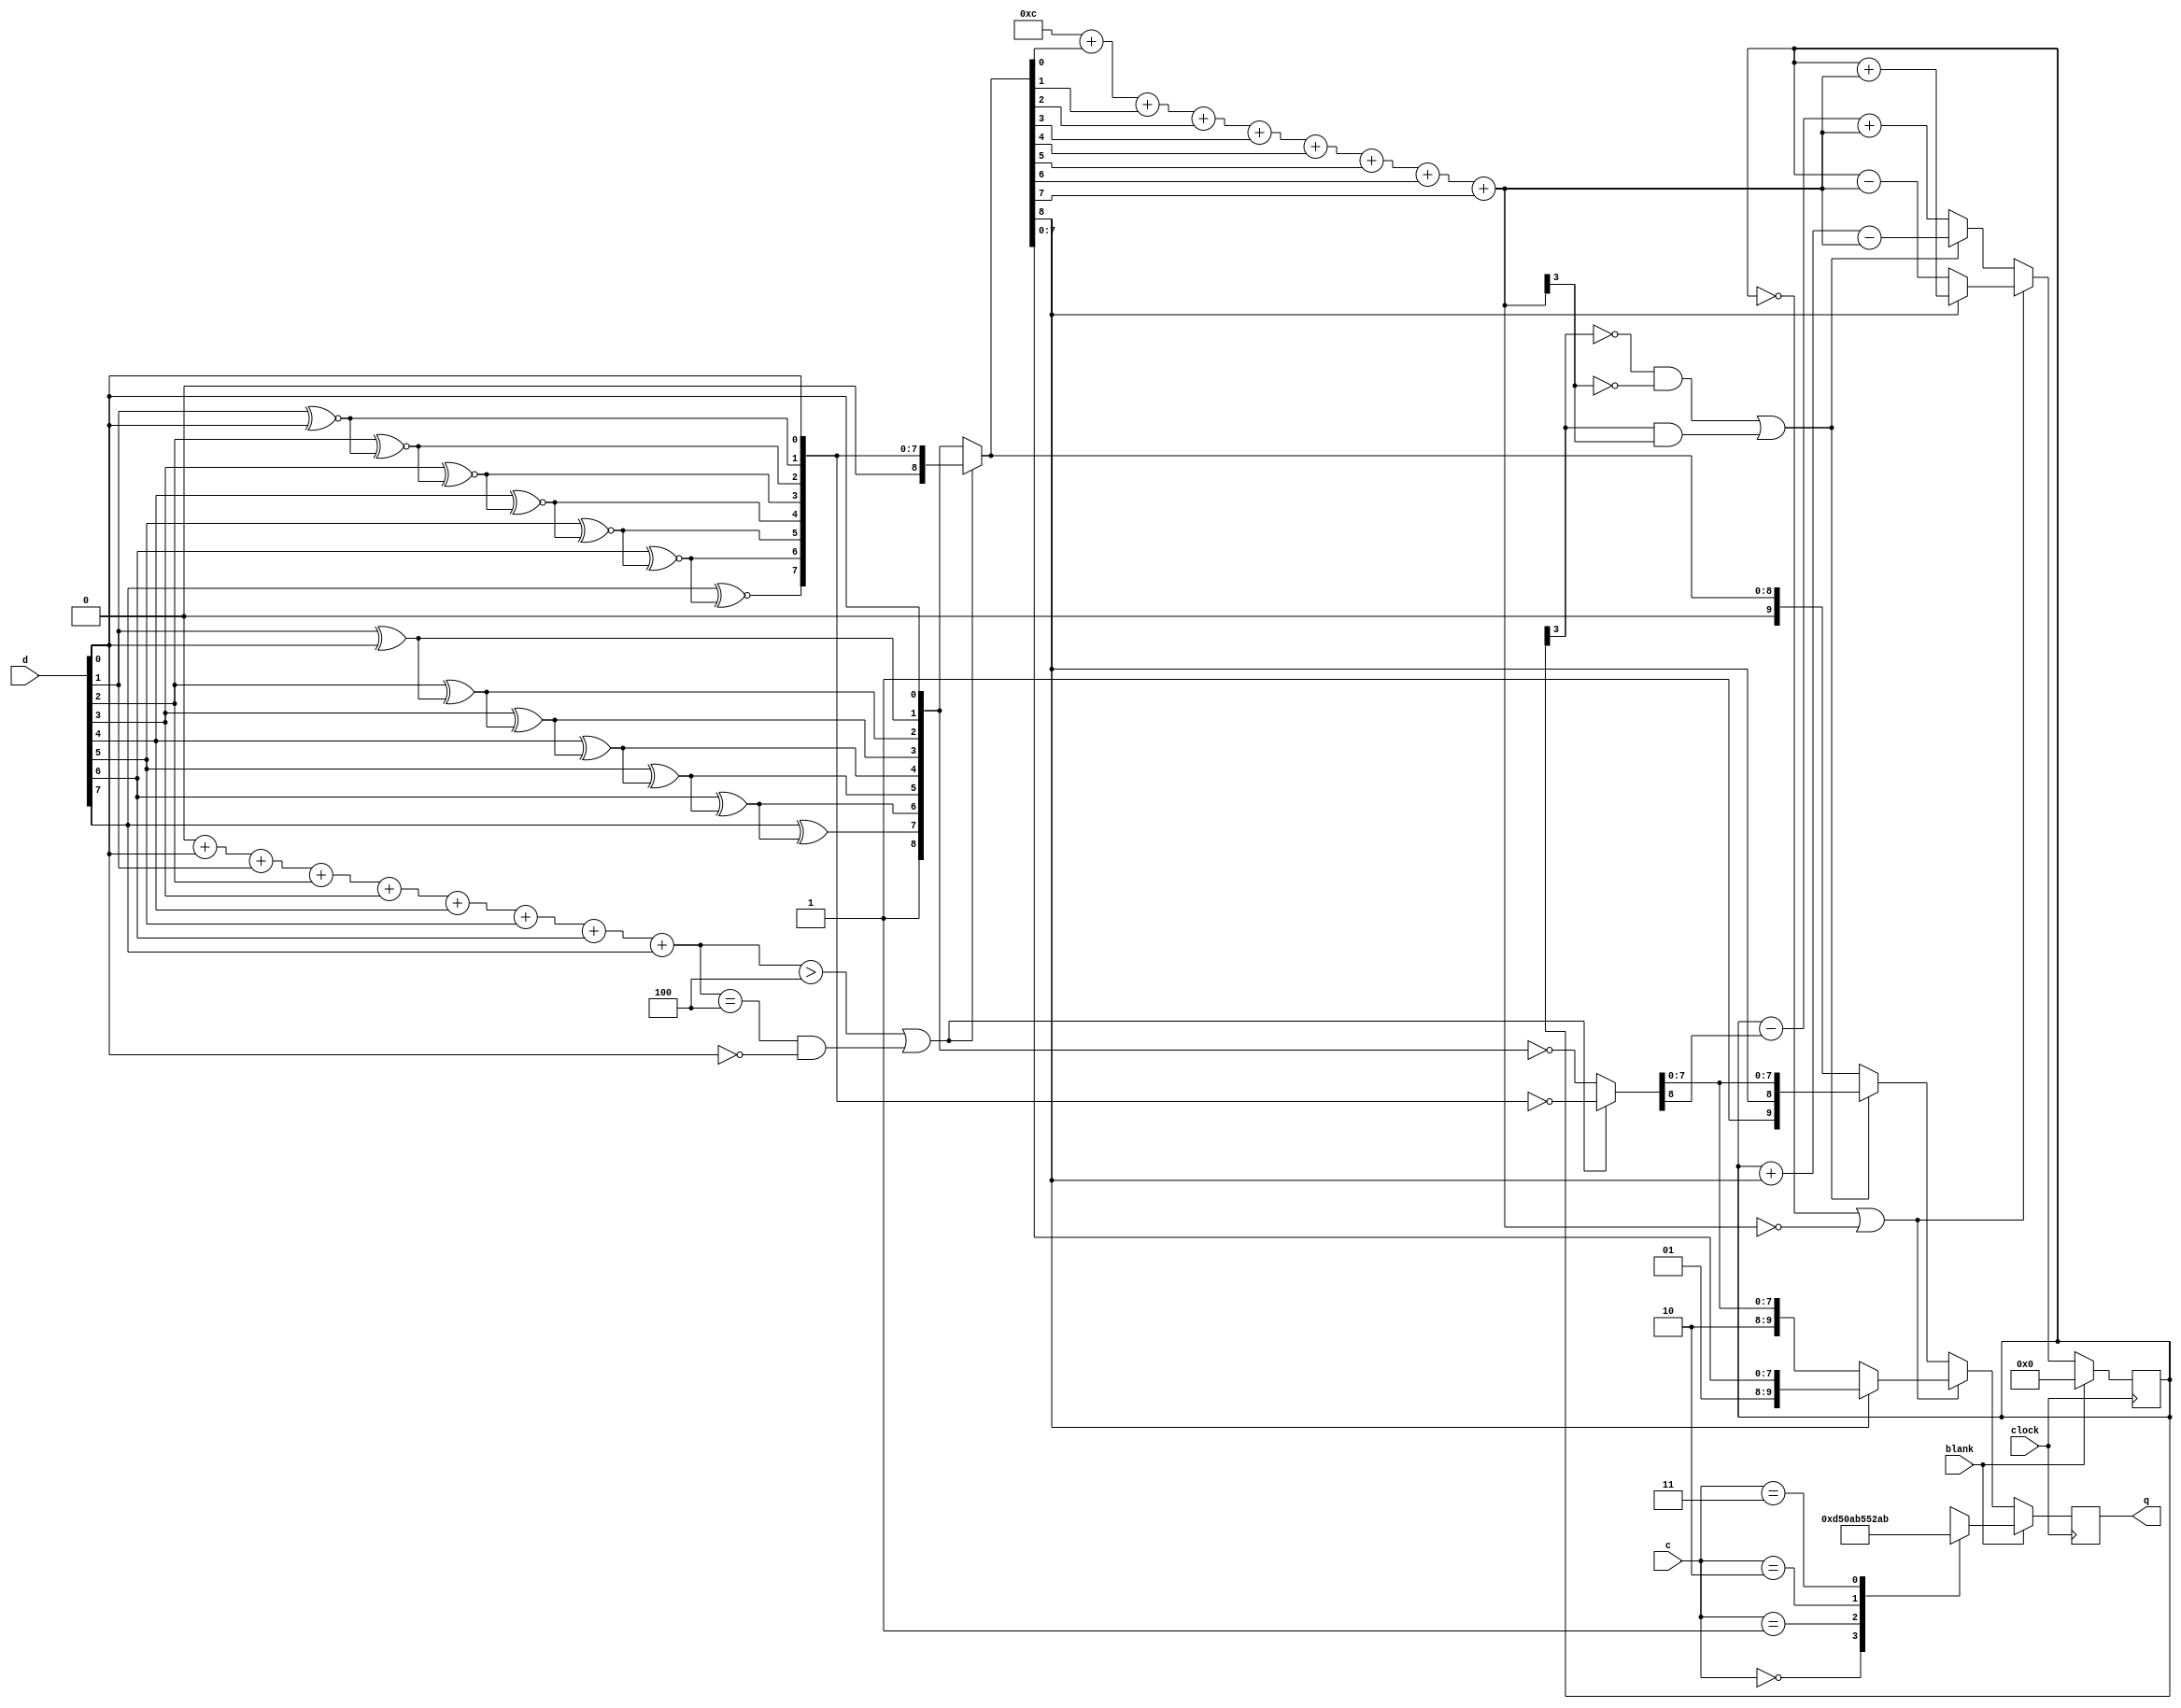
//-------------------------------------------------------------------------------------------------
module encoder
//-------------------------------------------------------------------------------------------------
(
	input  wire      clock,
	input  wire      blank,
	input  wire[1:0] c,
	input  wire[7:0] d,
	output reg [9:0] q
);
//-------------------------------------------------------------------------------------------------

wire[8:0] xored  = { 1'b1, d[7] ^ xored[6], d[6] ^ xored[5], d[5] ^ xored[4], d[4] ^ xored[3], d[3] ^ xored[2], d[2] ^ xored[1], d[1] ^ xored[0], d[0] };
wire[8:0] xnored = { 1'b0, d[7] ~^ xnored[6], d[6] ~^ xnored[5], d[5] ~^ xnored[4], d[4] ~^ xnored[3], d[3] ~^ xnored[2], d[2] ~^ xnored[1], d[1] ~^ xnored[0], d[0] };

wire[3:0] ones = 4'b0000+d[0]+d[1]+d[2]+d[3]+d[4]+d[5]+d[6]+d[7];

wire[8:0] data_word     = ones > 4 || (ones == 4 && !d[0]) ?  xnored :  xored;
wire[8:0] data_word_inv = ones > 4 || (ones == 4 && !d[0]) ? ~xnored : ~xored;

wire[3:0] data_word_disparity = 4'b1100+data_word[0]+data_word[1]+data_word[2]+data_word[3]+data_word[4]+data_word[5]+data_word[6]+data_word[7];

//-------------------------------------------------------------------------------------------------

reg[3:0] dc_bias;

always @(posedge clock)
if(blank)
begin
	case(c)
		0: q <= 10'b1101010100;
		1: q <= 10'b0010101011;
		2: q <= 10'b0101010100;
		3: q <= 10'b1010101011;
	endcase
	dc_bias <= 4'b0000;
end
else
begin
	if(!dc_bias || !data_word_disparity)
	begin
		if(data_word[8])
		begin
			q <= { 2'b01, data_word[7:0] };
			dc_bias <= dc_bias + data_word_disparity;
		end
		else
		begin
			q <= { 2'b10, data_word_inv[7:0] };
			dc_bias <= dc_bias-data_word_disparity;
		end
	end
	else
	if((!dc_bias[3] && !data_word_disparity[3]) || (dc_bias[3] && data_word_disparity[3]))
	begin
		q <= { 1'b1, data_word[8], data_word_inv[7:0] };
		dc_bias <= dc_bias + data_word[8]-data_word_disparity;
	end
	else
	begin
		q <= { 1'b0, data_word };
		dc_bias <= dc_bias-data_word_inv[8]+data_word_disparity;
	end
end

//-------------------------------------------------------------------------------------------------
endmodule
//-------------------------------------------------------------------------------------------------